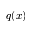
q ( x )